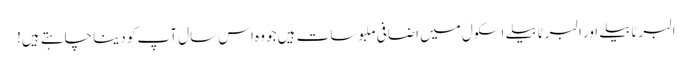
البرٹا بیلے اور البرٹا بیلے اسکول میں اضافی ملبوسات ہیں جو وہ اس سال آپ کو دینا چاہتے ہیں!